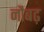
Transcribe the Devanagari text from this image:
नौबढ़